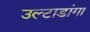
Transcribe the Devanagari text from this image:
उल्टाडांगा